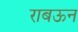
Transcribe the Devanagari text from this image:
राबऊन